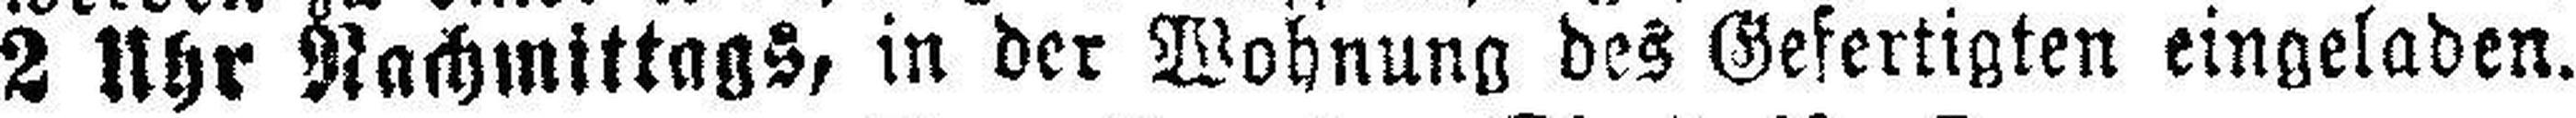
2 Uhr Nachmittags, in der Wohnung des Gefertigten eingeladen.